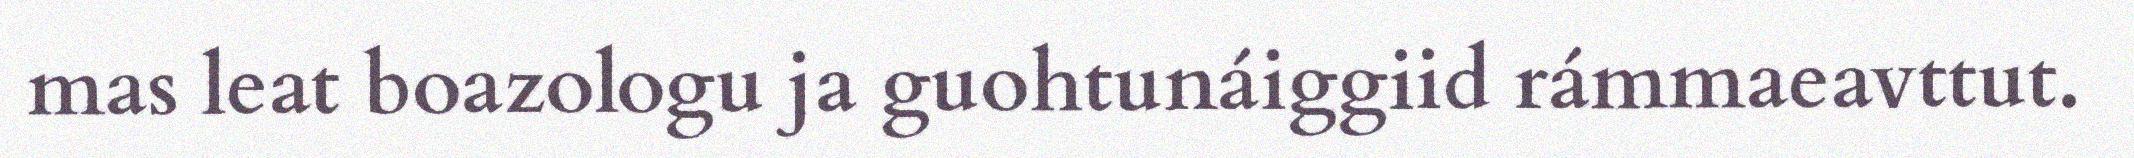
mas leat boazologu ja guohtunáiggiid rámmaeavttut.